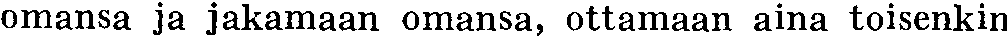
omansa ja jakamaan omansa, ottamaan aina toisenkin